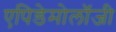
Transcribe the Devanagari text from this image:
एपिडेमोलॉजी